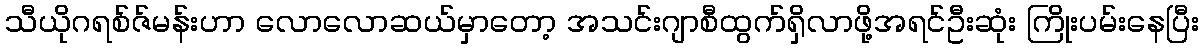
သီယိုဂရစ်ဇ်မန်းဟာ လောလောဆယ်မှာတော့ အသင်းဂျာစီထွက်ရှိလာဖို့အရင်ဦးဆုံး ကြိုးပမ်းနေပြီး